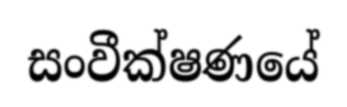
සංවීක්ෂණයේ